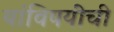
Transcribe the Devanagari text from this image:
यांविषयीची